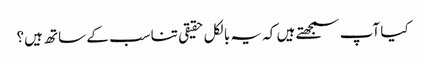
کیا آپ سمجھتے ہیں کہ یہ بالکل حقیقی تناسب کے ساتھ ہیں؟